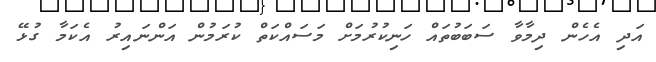
އަދި އެހެން ދިމާވާ ސަބަބުތައް ހަނިކުރުމަށް މަސައްކަތް ކުރަމުން އަންނައިރު އެކަމާ ގުޅޭ